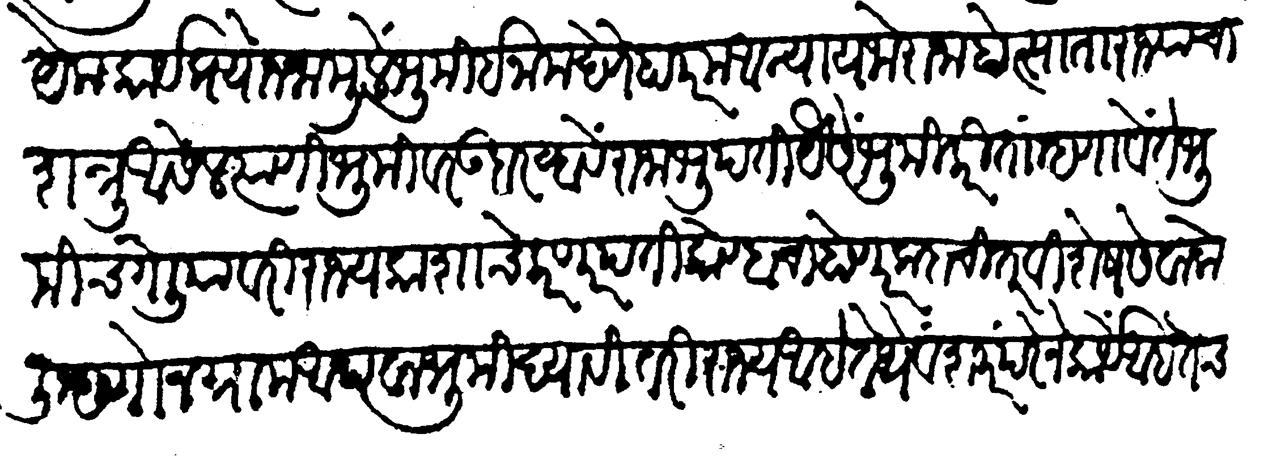
Transliteration (Devanagari): येक कार्यप्रयोजनामुळे भूमि इनाम देणें हा परम अन्याय जो राजा होत्साता राज्याचा शत्रु असेल त्याणी भूमीवर उदार व्हावे राजा भूपति यैसें भूमीकरितां म्हणावें ते भूमीच गेलियावरी राज्य कशाचे करणार पति कोण्हाचा होणार कदाचित् विशेष सेवा केली म्हणौन ग्राम अथवा भूमी द्यावी तरी राज्य आहे तेथे वंशपरंपरेने कार्यें आहेतच